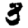
Digit: 3